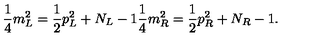
\frac { 1 } { 4 } m _ { L } ^ { 2 } = \frac { 1 } { 2 } p _ { L } ^ { 2 } + N _ { L } - 1 \frac { 1 } { 4 } m _ { R } ^ { 2 } = \frac { 1 } { 2 } p _ { R } ^ { 2 } + N _ { R } - 1 .